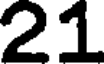
21